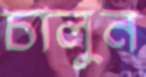
চালুন